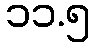
၁၁.၅